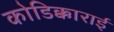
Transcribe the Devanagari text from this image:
कोडिक्काराई